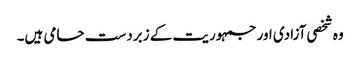
وہ شخصی آزادی اور جمہوریت کے زبردست حامی ہیں۔